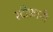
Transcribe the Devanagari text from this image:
स्टीफ़ानी